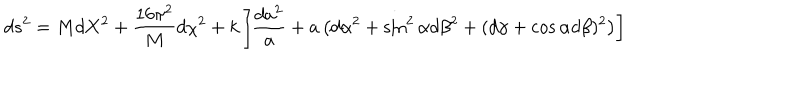
d s ^ { 2 } = M d { \bf X } ^ { 2 } + { \frac { 1 6 \pi ^ { 2 } } { M } } d \chi ^ { 2 } + k \left[ { \frac { d a ^ { 2 } } { a } } + a \left( d \alpha ^ { 2 } + \sin ^ { 2 } \alpha d \beta ^ { 2 } + ( d \gamma + \cos \alpha d \beta ) ^ { 2 } \right) \right]